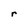
Character: r